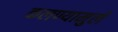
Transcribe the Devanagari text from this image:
कलण्यामुले